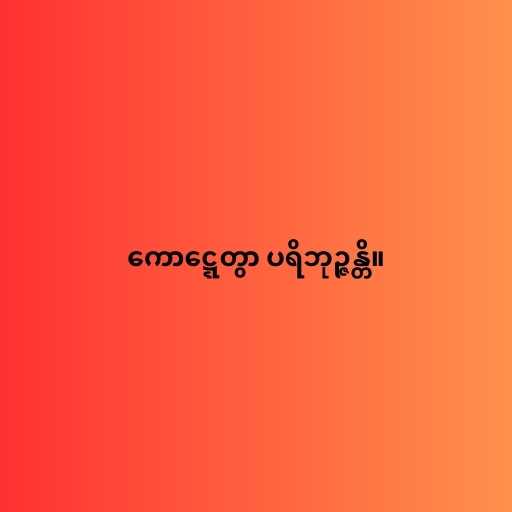
ကောဋ္ဋေတွာ ပရိဘုဉ္ဇန္တိ။